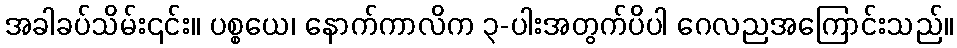
အခါခပ်သိမ်း၎င်း။ ပစ္စယေ၊ နောက်ကာလိက ၃-ပါးအတွက်ပိပါ ဂေလညအကြောင်းသည်။